Sketch of the medical history of the native army of Bombay, for the year
Year: 1876
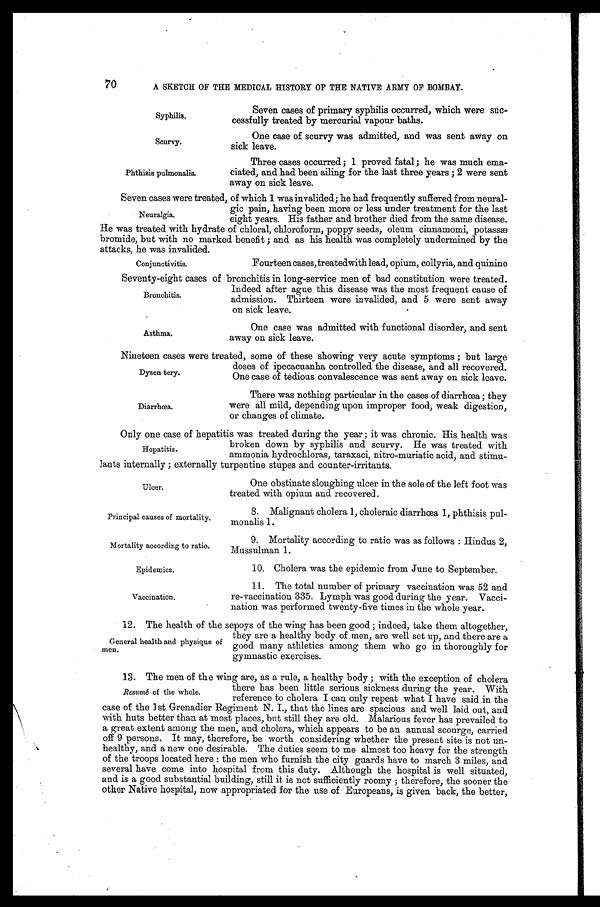
Syphilis.
Scurvy.
Phthisis pulmonalis.
Principal causes of mortality.
Mortality according to ratio.
Epidemics.
Vaccination.
70
A SKETCH OF THE MEDICAL HISTORY OF THE NATIVE ARMY OF BOMBAY.
Seven cases of primary syphilis occurred, which were suc
-cessfully treated by mercurial vapour baths.
One case of scurvy was admitted, and was sent away on
sick leave.
Three cases occurred; 1 proved fatal; he was much ema
-ciated, and had been ailing for the last three years; 2 were sent
away on sick leave.
Seven cases were treated, of which 1 was invalided; he had frequently suffered from neural
-
gic pain, having been more or less under treatment for the last
eight years. His father and brother died from the same disease.
He was treated with hydrate of chloral, chloroform, poppy seeds, oleum cinnamomi, potassæ
bromide, but with no marked benefit; and as his health was completely undermined by the
attacks, he was invalided.
Neuralgia.
Conjunctivitis.
Fourteen cases, treatedwith lead, opium, collyria, and quinine
Seventy-eight cases of bronchitis in long-service men of bad constitution were treated.
Indeed after ague this disease was the most frequent cause of
admission. Thirteen were invalided, and 5 were sent away
on sick leave.
Bronchitis.
Asthma.
One case was admitted with functional disorder, and sent
away on sick leave.
Nineteen cases were treated, some of these showing very acute symptoms; but large
doses of ipecacuanha controlled the disease, and all recovered.
One case of tedious convalescence was sent away on sick leave.
Dysen tery.
Diarrhœa.
There was nothing particular in the cases of diarrhœa; they
were all mild, depending upon improper food, weak digestion,
or changes of climate.
Only one case of hepatitis was treated during the year; it was chronic. His health was
broken down by syphilis and scurvy. He was treated with
ammonia hydrochloras, taraxaci, nitro-muriatic acid, and stimu
-lants internally; externally turpentine stupes and counter-irritants.
One obstinate sloughing ulcer in the sole of the left foot was
treated with opium and recovered.
Hepatitis.
Ulcer.
8. Malignant cholera 1, choleraic diarrhœa 1, phthisis pul
-monalis 1.
9. Mortality according to ratio was as follows: Hindus 2,
Mussulman 1.
10. Cholera was the epidemic from June to September.
11. The total number of primary vaccination was 52 and
re-vaccination 335. Lymph was good during the year. Vacci
-nation was performed twenty-five times in the whole year.
12. The health of the sepoys of the wing has been good; indeed, take them altogether,
they are a healthy body of men, are well set up, and there are a
good many athletics among them who go in thoroughly for
gymnastic exercises.
13. The men of the wing are, as a rule, a healthy body; with the exception of cholera
there has been little serious sickness during the year. With
reference to cholera I can only repeat what I have said in the
case of the I st Grenadier Regiment N. I., that the lines are spacious and well laid out, and
with huts better than at most places, but still they are old. Malarious fever has prevailed to
a great extent among the men, and cholera, which appears to be an annual scourge, carried
off 9 persons. It may, therefore, be worth considering whether the present site is not un
-healthy, and a new one desirable. The duties seem to me almost too heavy for the strength
of the troops located here: the men who furnish the city guards have to march 3 miles, and
several have come into hospital from this duty. Although the hospital is well situated,
and is a good substantial building, still it is not sufficiently roomy; therefore, the sooner the
other Native hospital, now appropriated for the use of Europeans, is given back, the better,
General health and physique of
men.
Resumé of the whole.